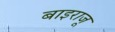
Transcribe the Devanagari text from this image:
बाइराजू